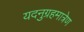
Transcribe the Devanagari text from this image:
यदनुग्रहमात्रेण